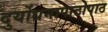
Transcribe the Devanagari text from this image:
दुर्योधनापाठोपाठ